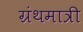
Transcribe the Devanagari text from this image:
ग्रंथमात्री